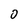
Character: 0